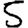
Digit: 5